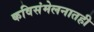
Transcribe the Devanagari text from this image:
कविसंमेलनातही